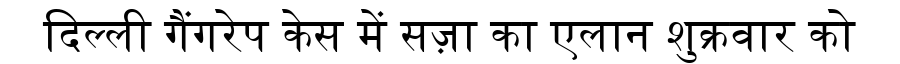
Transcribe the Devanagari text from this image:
दिल्ली गैंगरेप केस में सज़ा का एलान शुक्रवार को